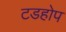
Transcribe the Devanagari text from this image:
टडहोप